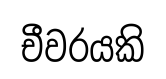
චීවරයකි